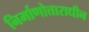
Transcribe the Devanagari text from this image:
निर्माणोत्ताराधीन